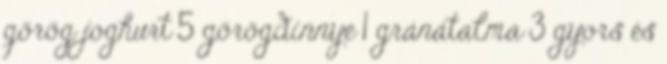
görög joghurt 5 görögdinnye 1 gránátalma 3 gyors és